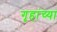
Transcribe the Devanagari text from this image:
गृहांच्या